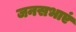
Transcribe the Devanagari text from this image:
जनसभाएं